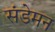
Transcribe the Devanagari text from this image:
संडेमन